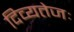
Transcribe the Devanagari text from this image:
दिव्यतेजः